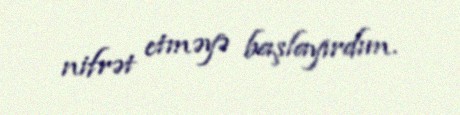
nifrət etməyə başlayırdım.